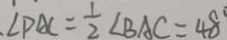
\angle P A C = \frac { 1 } { 2 } \angle B A C = 4 8